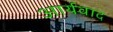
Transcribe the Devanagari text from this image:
आर्यवाद